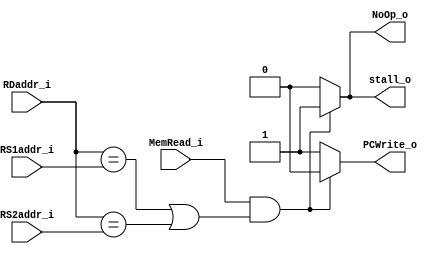
module Hazard_Detection
(
    RS1addr_i,
	RS2addr_i,
	MemRead_i,
	RDaddr_i,
	stall_o,
	PCWrite_o,
	NoOp_o,
);

input MemRead_i;
input [4:0] RS1addr_i, RS2addr_i;
input [4:0] RDaddr_i;

output reg stall_o, PCWrite_o, NoOp_o;

always @(MemRead_i or RS1addr_i or RS2addr_i or RDaddr_i)   begin
    if (MemRead_i && ((RDaddr_i == RS1addr_i) || (RDaddr_i == RS2addr_i)))  begin
        NoOp_o = 1'b1;
        PCWrite_o = 1'b0;
        stall_o = 1'b1;
    end
    else    begin
        NoOp_o = 1'b0;
        PCWrite_o = 1'b1;
        stall_o = 1'b0;
    end
end


endmodule

/* If (ID/EX.MemRead and 
((ID/EX.RegisterRd = IF/ID.RegisterRs1) or
(ID/EX.RegisterRd = IF/ID.REgisterRs2))) */